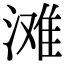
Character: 滩